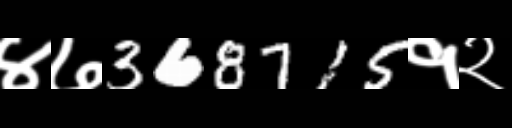
Text: ४७368715१२